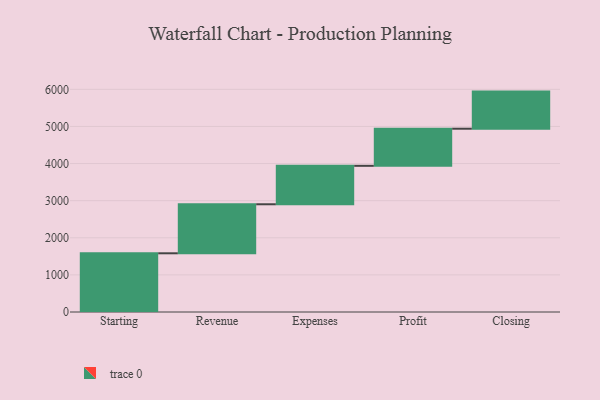
{"axis": {"x": "Step", "y": "Value"}, "legend": [""], "data": [{"x": "Starting", "y": 1582.0, "type": ""}, {"x": "Revenue", "y": 1321.0, "type": ""}, {"x": "Expenses", "y": 1036.0, "type": ""}, {"x": "Profit", "y": 1000, "type": ""}, {"x": "Closing", "y": 1000, "type": ""}]}